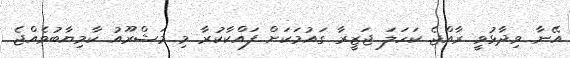
އޭނާ ވިދާޅުވީ ރާއްޖެ ކަހަލަ ޖަޒީރާ ގައުމަކަށް ފައްކާކުރާ މި މަޝްރޫއު ކާމިޔާބުވެއްޖެ